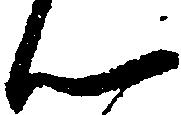
ん